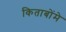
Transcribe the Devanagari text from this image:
किताबोंमे